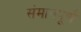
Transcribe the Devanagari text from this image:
संमानपूर्ण